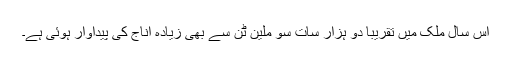
اس سال ملک میں تقریباً دو ہزار سات سو ملین ٹن سے بھی زیادہ اناج کی پیداوار ہوئی ہے۔